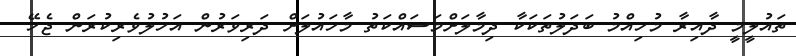
ތައުލީމީ ދާއިރާ މުހިއްމު ބަދަލުތަކަކާ ދިމާލަށްމަސައްކަތު މާހައުލަށް ދަރިވަރުން އަހުލުވެރިކުރަން ޖެހޭ